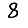
Digit: 8